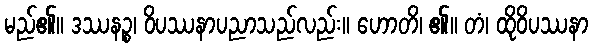
မည်၏။ ဒဿနဉ္စ၊ ဝိပဿနာပညာသည်လည်း။ ဟောတိ၊ ၏။ တံ၊ ထိုဝိပဿနာ